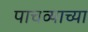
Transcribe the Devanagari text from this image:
पाचव्याच्या